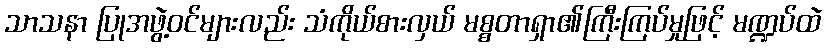
သာသနာ ပြုအဖွဲ့ဝင်များလည်း သံကိုယ်စားလှယ် မစ္စတာရှာ၏ကြီးကြပ်မှုဖြင့် မဏ္ဍပ်ထဲ